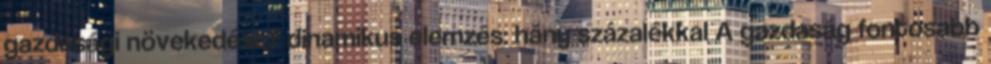
gazdasági növekedést? dinamikus elemzés: hány százalékkal A gazdaság fontosabb